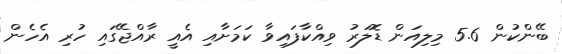
ބޭންކުން 5.6 މިލިއަން ޑޮލަރު ވިއްކާފައިވާ ކަމަށާއި އެއީ ރާއްޖޭގައި ހުރި އެހެން